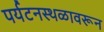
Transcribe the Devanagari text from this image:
पर्यटनस्थळावरून